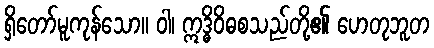
ရှိတော်မူကုန်သော။ ဝါ၊ ဣဒ္ဓိဝိဓစသည်တို့၏ ဟေတုဘူတ